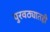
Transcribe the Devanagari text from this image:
पुरवठ्यातही